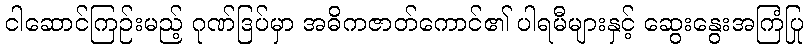
ငါဆောင်ကြဉ်းမည့် ဂုဏ်ဒြပ်မှာ အဓိကဇာတ်ကောင်၏ ပါရမီများနှင့် ဆွေးနွေးအကြံပြု